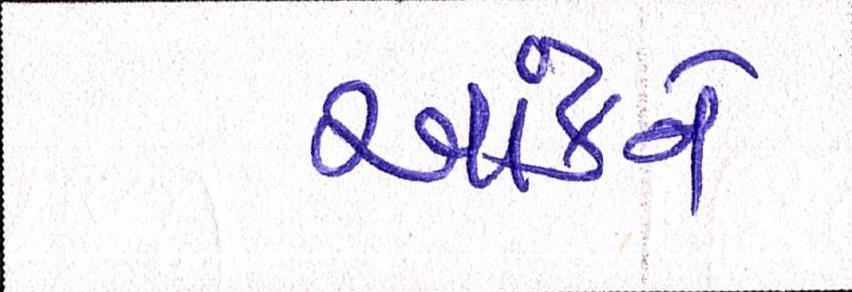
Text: આંકને